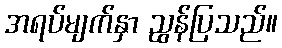
အရပ်မျက်နှာ ညွန်ပြသည်။